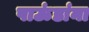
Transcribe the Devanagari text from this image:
पाऊंडांना